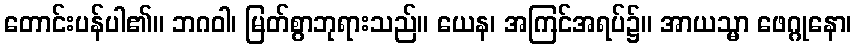
တောင်းပန်ပါ၏။ ဘဂဝါ၊ မြတ်စွာဘုရားသည်။ ယေန၊ အကြင်အရပ်၌။ အာယသ္မာ ဖေဂ္ဂုနော၊